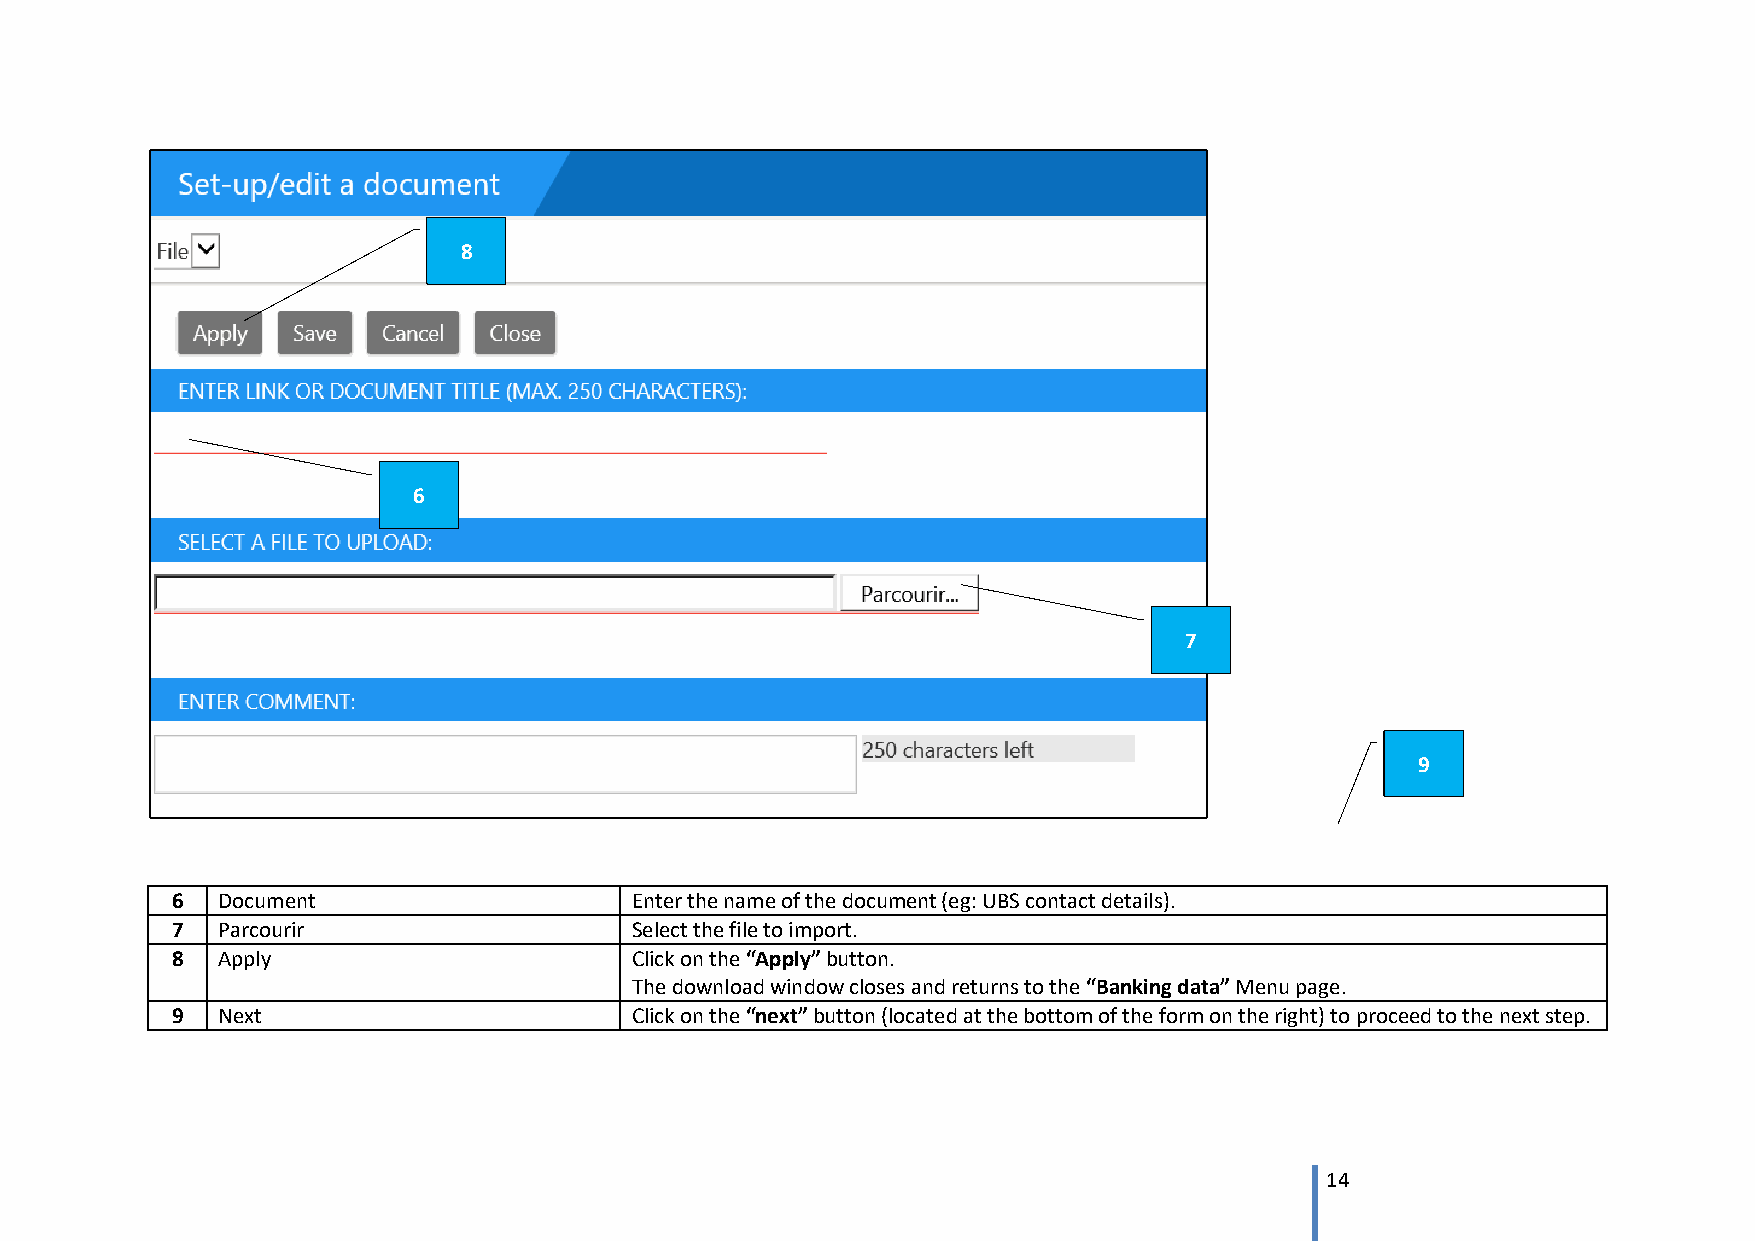
8
 6
 7
 9
 6  Document                    Enter the name of the document (eg: UBS contact details).
 7  Parcourir                   Select the file to import.
 8  Apply                       Click on the “Apply” button.
 The download window closes and returns to the “Banking data” Menu page.
 9  Next                        Click on the “next” button (located at the bottom of the form on the right) to proceed to the next step.
 14